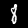
Label: 8